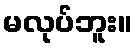
မလုပ်ဘူး။